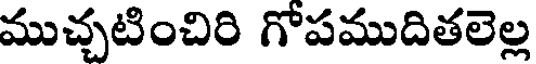
ముచ్చటించిరి గోపముదితలెల్ల